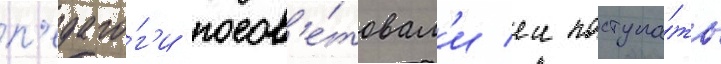
п'едаго́г'и посов'е́товал'и еи поступа́ть